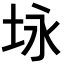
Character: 𪣉